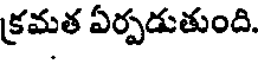
క్రమత ఏర్పడుతుంది.